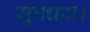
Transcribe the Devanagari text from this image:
सुत्रधरा।